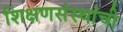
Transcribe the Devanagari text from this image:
शिक्षणसंस्थांची